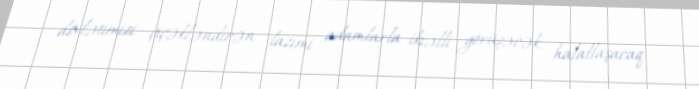
dövlətimizi çiçəkləndirən lazımi adamlarla ikiəlli görüşəcək, halallaşacaq,